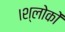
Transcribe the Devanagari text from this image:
।श्लोकों